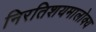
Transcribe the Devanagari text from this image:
निरतिशयमालोक्य